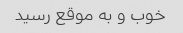
خوب و به موقع رسید